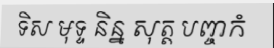
ទិស មុទ្ទ និន្ន សុត្ត បញ្ចកំ